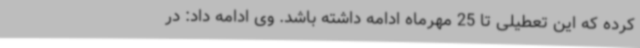
کرده که این تعطیلی تا 25 مهرماه ادامه داشته باشد. وی ادامه داد: در